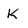
Character: k